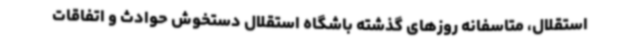
استقلال، متاسفانه روزهای گذشته باشگاه استقلال دستخوش حوادث و اتفاقات